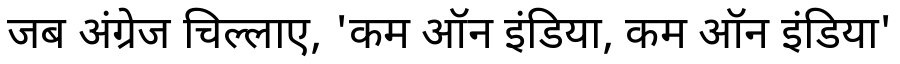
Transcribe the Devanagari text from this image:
जब अंग्रेज चिल्लाए, 'कम ऑन इंडिया, कम ऑन इंडिया'